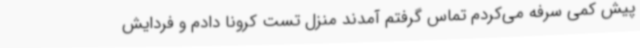
پیش کمی سرفه می‌کردم تماس گرفتم آمدند منزل تست کرونا دادم و فردایش